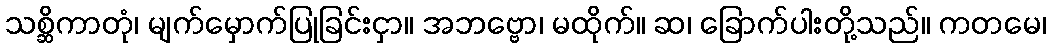
သစ္ဆိကာတုံ၊ မျက်မှောက်ပြုခြင်းငှာ။ အဘဗ္ဗော၊ မထိုက်။ ဆ၊ ခြောက်ပါးတို့သည်။ ကတမေ၊